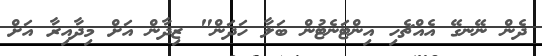
ދެން ނޭނގޭ އެއްޗެހި އިންޓަނެޓުން ބަލާ ހަދަން" ޒިދާން އަށް މިދާއިރާ އަށް